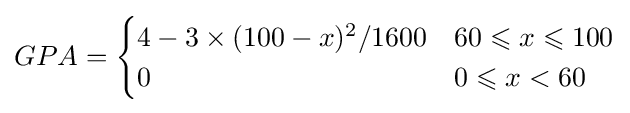
GPA={\begin{cases}4-3\times (100-x)^{2}/1600&60\leqslant x\leqslant 100\\0&0\leqslant x<60\end{cases}}